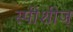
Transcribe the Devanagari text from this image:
स्पीशीज्